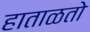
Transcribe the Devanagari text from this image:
हाताळतो